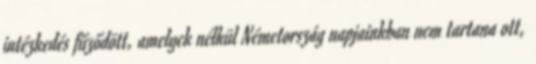
intézkedés fűződött, amelyek nélkül Németország napjainkban nem tartana ott,